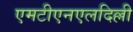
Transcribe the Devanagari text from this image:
एमटीएनएलदिल्ली